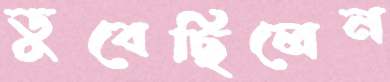
ডুবেছিলেন